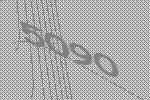
5090